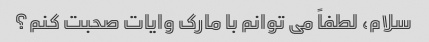
سلام، لطفاً می توانم با مارک وایات صحبت کنم؟